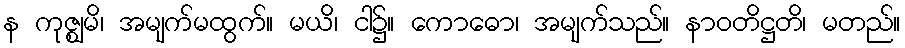
န ကုဇ္ဈမိ၊ အမျက်မထွက်။ မယိ၊ ငါ၌။ ကောဓော၊ အမျက်သည်။ နာဝတိဋ္ဌတိ၊ မတည်။